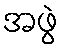
အဖွဲ